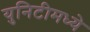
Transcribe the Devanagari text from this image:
युनिटीमध्ये